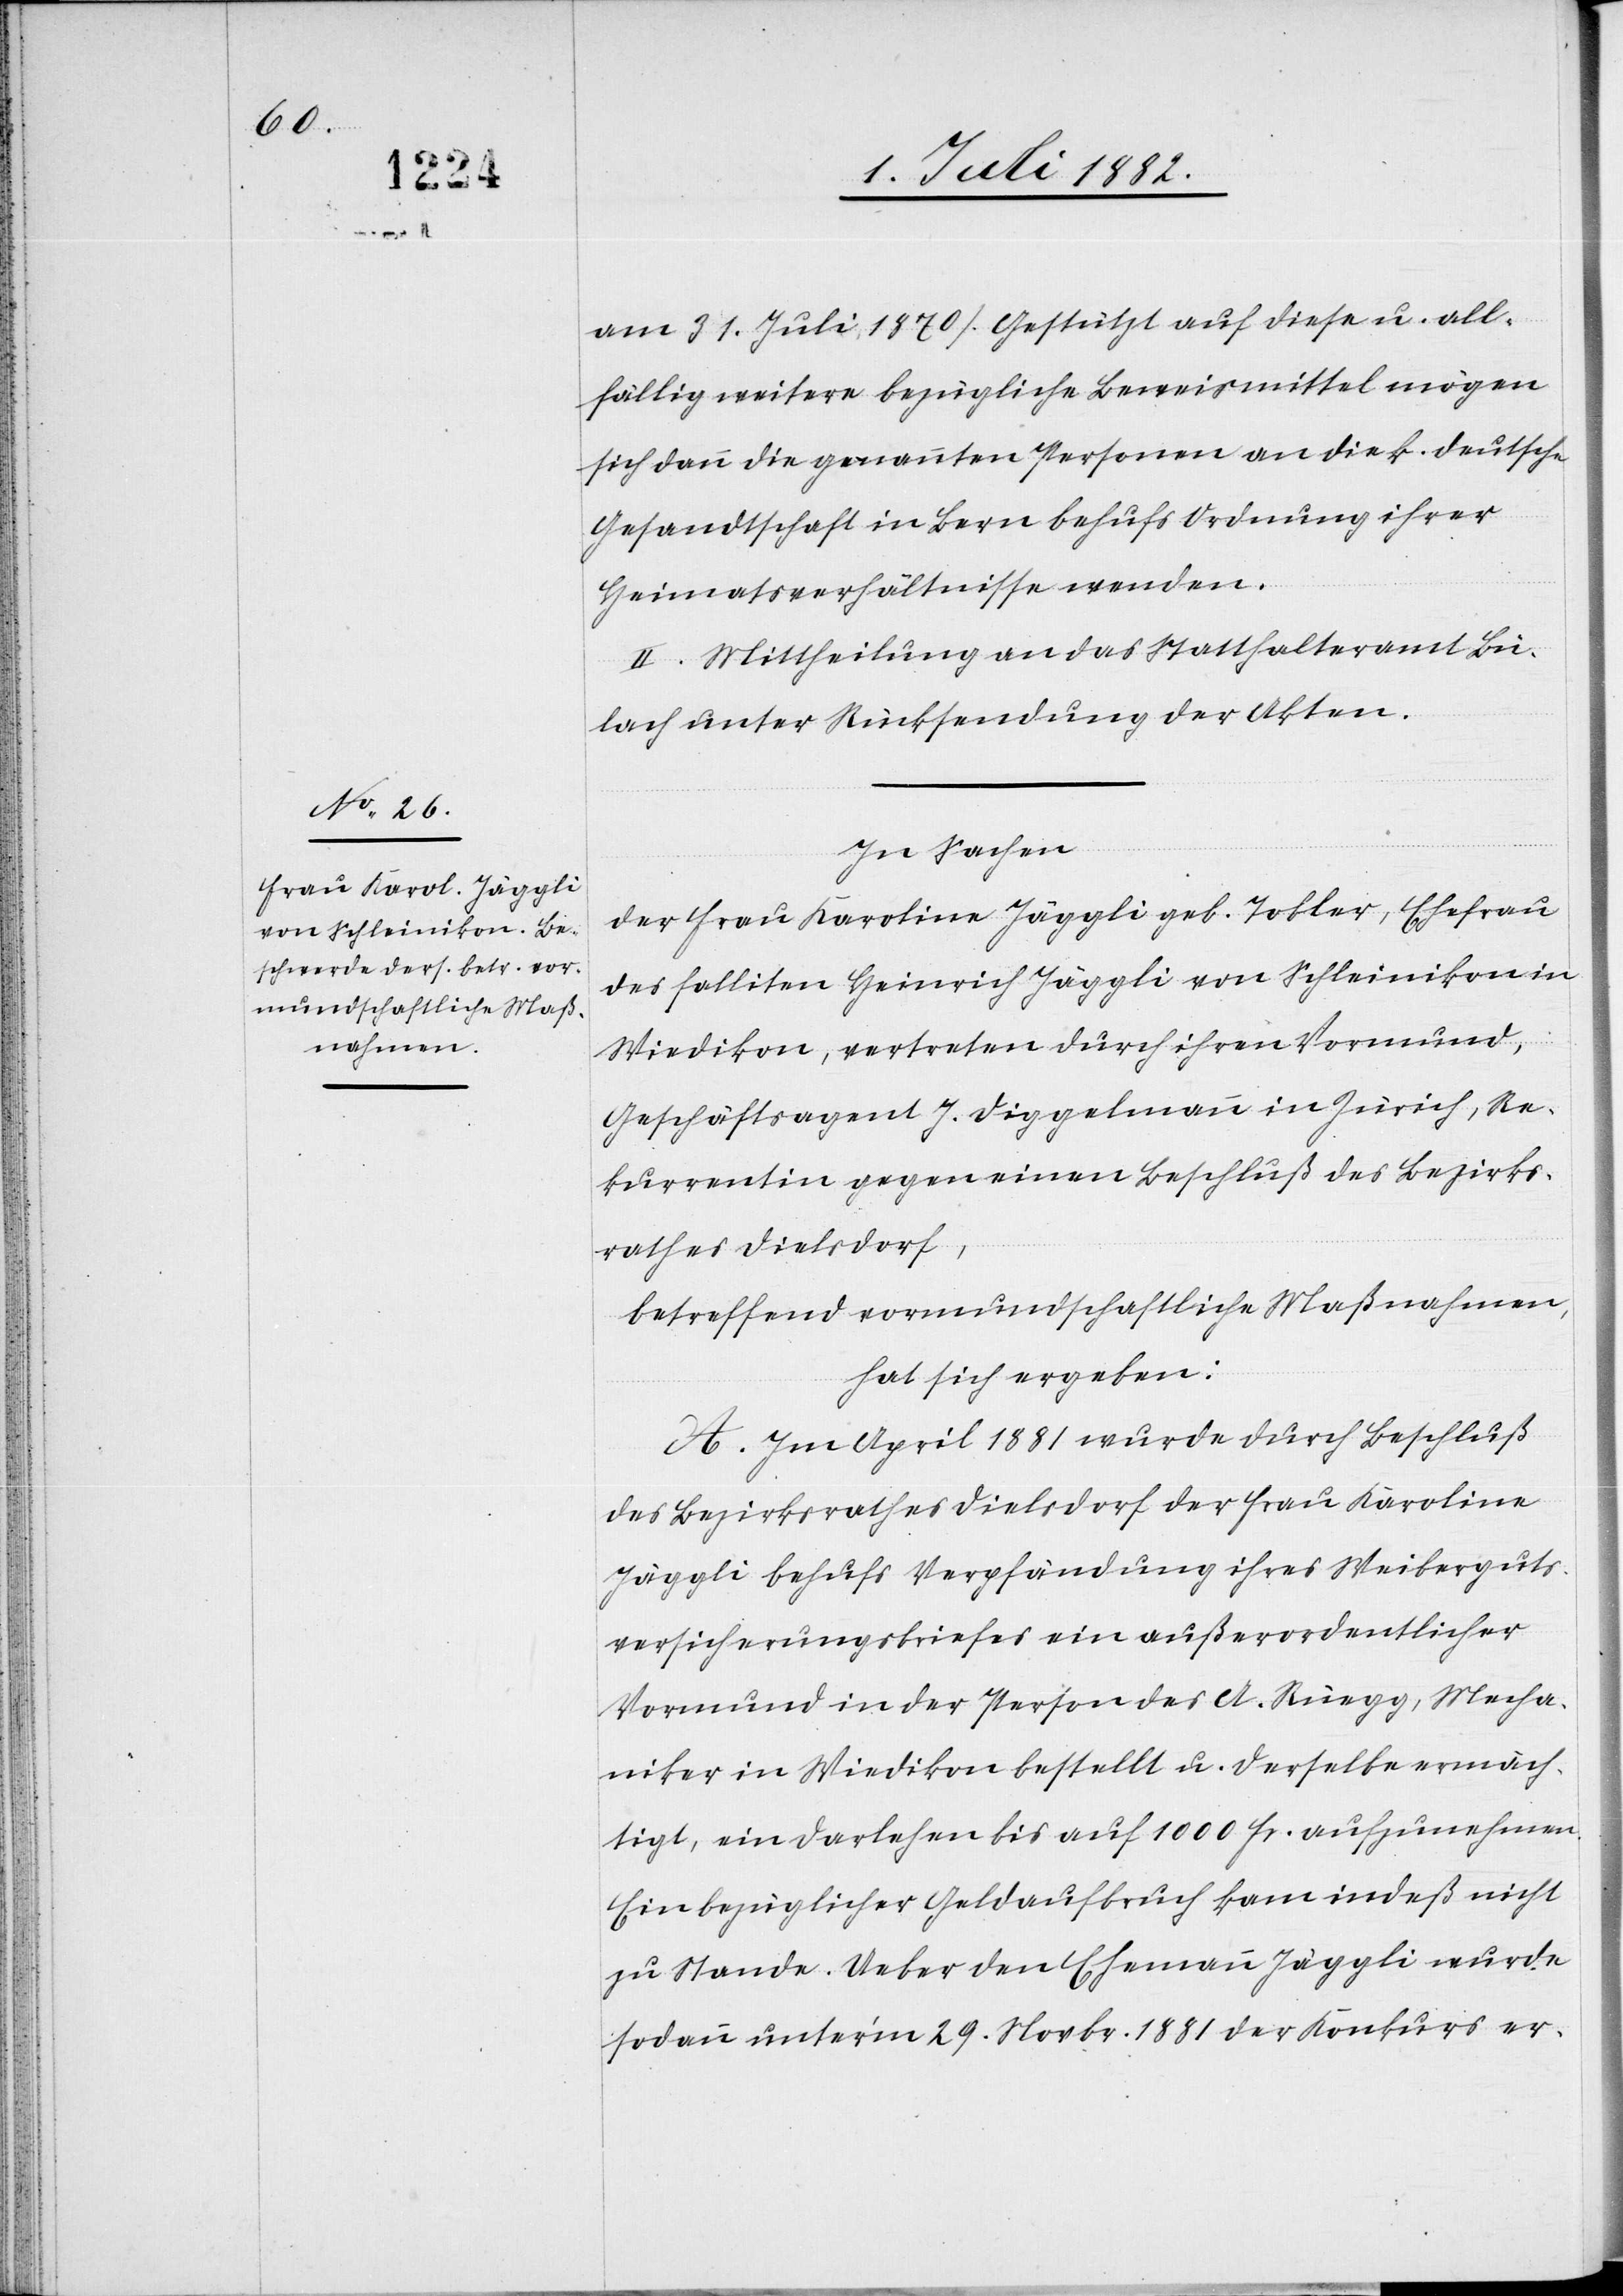
am 31. Juli 1870). Gestützt auf diese u. all¬
fällig weitere bezügliche Beweismittel mögen
sich dann die genannten Personen an die k. deutsche
Gesandtschaft in Bern behufs Ordnung ihrer
Heimatsverhältnisse wenden.
II. Mittheilung an das Statthalteramt Bü¬
lach unter Rücksendung der Akten.
In Sachen
der Frau Karoline Jäggli geb. Tobler, Ehefrau
des falliten Heinrich Jäggli von Schleinikon in
Wiedikon, vertreten durch ihren Vormund,
Geschäftsagent J. Diggelmann in Zürich, Re¬
kurrentin gegen einen Beschluß des Bezirks¬
rathes Dielsdorf,
betreffend vormundschaftliche Maßnahmen,
hat sich ergeben:
A. Im April 1881 wurde durch Beschluß
des Bezirksrathes Dielsdorf der Frau Karolina
Jäggli behufs Verpfändung ihres Weiberguts¬
versicherungsbriefes ein außerordentlicher
Vormund in der Person des A. Rüegg, Mecha¬
niker in Wiedikon bestellt u. derselbe ermäch¬
tigt, ein Darlehen bis auf 1000 Fr. aufzunehmen.
Ein bezüglicher Geldaufbruch kam indeß nicht
zu Stande. Ueber den Ehemann Jäggli wurde
sodann unter’m 29. Novbr. 1881 der Konkurs er-